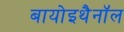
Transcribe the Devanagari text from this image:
बायोइथैनॉल